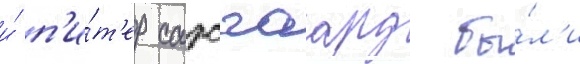
и́ п'и́т'ер сарсгаард бы́л'и